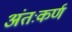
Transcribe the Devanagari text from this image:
अंतःकर्ण